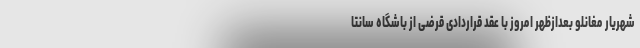
شهریار مغانلو بعدازظهر امروز با عقد قراردادی قرضی از باشگاه سانتا